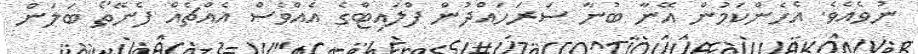
ނުވެއެވެ. އެހެންކަމުން އޭނާ ބުނާ ސަރަހައްދުން ފްލައިޓްގެ އެއްވެސް އެއްޗެއް ފެނޭތޯ ބަލަން